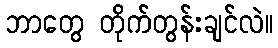
ဘာတွေ တိုက်တွန်းချင်လဲ။